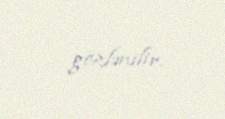
gözlənilir.